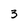
Character: 3